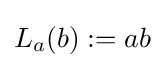
L_{a}(b):=ab